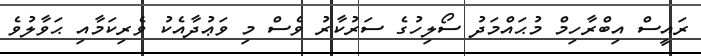
ރައީސް އިބްރާހިމް މުޙައްމަދު ސޯލިހުގެ ސަރުކާރު ވެސް މި ވަޢުދާއެކު ވެރިކަމާއި ޙަވާލުވެ